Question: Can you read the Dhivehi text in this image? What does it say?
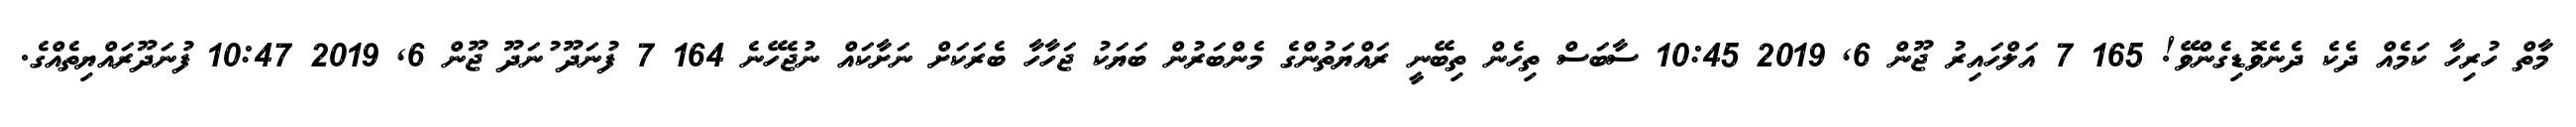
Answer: މާތް ހުރިހާ ކަމެއް ދެކެ ދެނެވޮޑިގެންވޭ! 165 7 އަލްހައިރު ޖޫން 6, 2019 10:45 ސާބަސް ތިހެން ތިބޭނީ ރައްޔަތުންގެ މެންބަރުން ބަޔަކު ޖަހާހާ ބެރަކަށް ނަށާކައް ނުޖެހޭނެ 164 7 ފުނަދޫ ުނަދޫ ޖޫން 6, 2019 10:47 ފުނަދޫރައްޔިތެއްގެ.